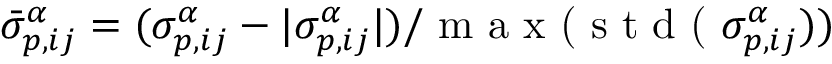
\bar { \sigma } _ { p , i j } ^ { \alpha } = ( \sigma _ { p , i j } ^ { \alpha } - | \sigma _ { p , i j } ^ { \alpha } | ) / \textrm { m a x ( s t d ( } \sigma _ { p , i j } ^ { \alpha } ) )